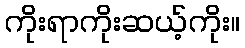
ကိုးရာကိုးဆယ့်ကိုး။